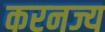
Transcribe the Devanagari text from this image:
करनज्य